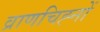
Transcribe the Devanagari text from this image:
व्राणचिह्नों